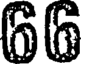
66